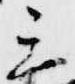
三